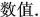
数值。